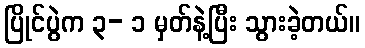
ပြိုင်ပွဲက ၃- ၁ မှတ်နဲ့ပြီး သွားခဲ့တယ်။